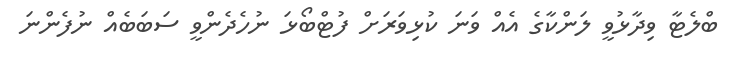
ބްލެޓާ ވިދާޅުވީ ލަންކާގެ އެއް ވަނަ ކުޅިވަރަށް ފުޓްބޯޅަ ނުހެދެންވީ ސަބަބެއް ނުފެންނަ